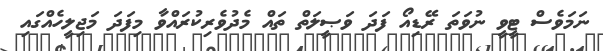
ނަމަވެސް ޓީވީ ނުވަތަ ރޭޑިއޯ ފަދަ ވަޞީލަތް ތައް މެދުވެރިކުރައްވާ މިފަދަ މަޖިލީހެއްގައި